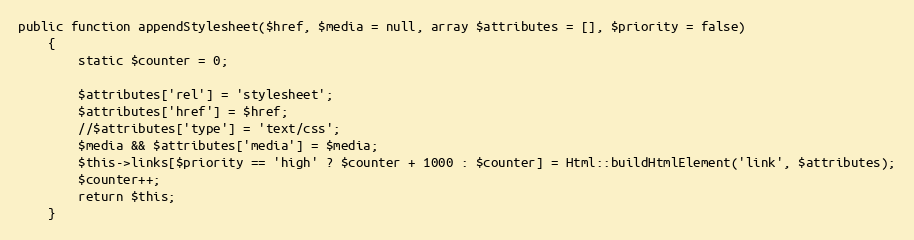
Language: PHP
public function appendStylesheet($href, $media = null, array $attributes = [], $priority = false)
    {
        static $counter = 0;

        $attributes['rel'] = 'stylesheet';
        $attributes['href'] = $href;
        //$attributes['type'] = 'text/css';
        $media && $attributes['media'] = $media;
        $this->links[$priority == 'high' ? $counter + 1000 : $counter] = Html::buildHtmlElement('link', $attributes);
        $counter++;
        return $this;
    }